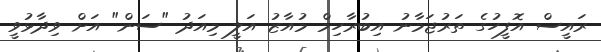
ރައީސް އޮފީހުގެ ތަރުޖަމާނު އިބުރާހިމް މުއާޒު އަލީ މިއަދު "ސަން" އަށް ވިދާޅުވީ